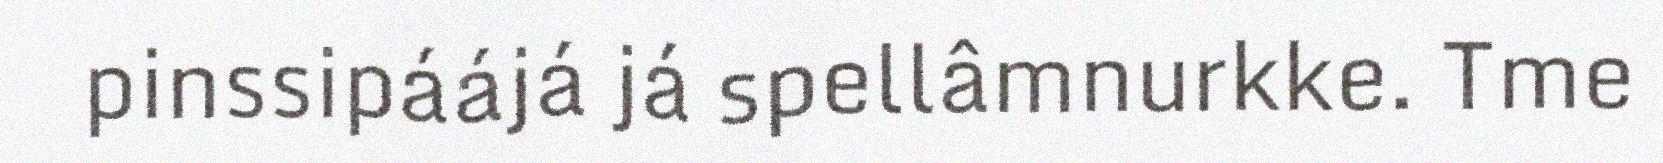
pinssipáájá já spellâmnurkke. Tme